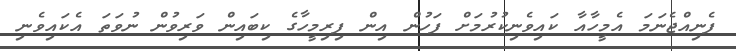
ފެނިއްޖެނަމަ އެމީހާއާ ކައިވެނިކުރުމަށް ފަހުން އިން ފިރިމީހާގެ ކިބައިން ވަރިވުން ނުވަތަ އެކައިވެނި